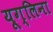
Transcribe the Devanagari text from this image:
यूग्लिना